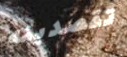
تقصدينه